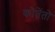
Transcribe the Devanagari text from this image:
कोतेंतो